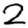
Digit: 2